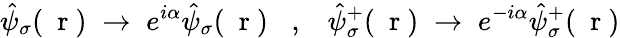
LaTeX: \hat{\psi}_{\sigma}(\mathrm{~\mathbf~r~})\; \to\; e^{i\alpha}\hat{\psi}_{\sigma}(\mathrm{~\mathbf~r~})\; \; \; ,\; \; \; \hat{\psi}_{\sigma}^{+}(\mathrm{~\mathbf~r~})\; \to\; e^{-i\alpha}\hat{\psi}_{\sigma}^{+}(\mathrm{~\mathbf~r~})